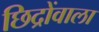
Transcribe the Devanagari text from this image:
छिद्रोंवाला